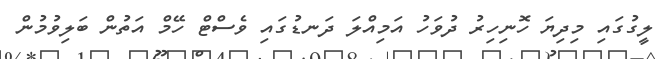
ލީގުގައި މިދިޔަ ހޮނިހިރު ދުވަހު އަމިއްލަ ދަނޑުގައި ވެސްޓް ހޭމް އަތުން ބަލިވުމުން